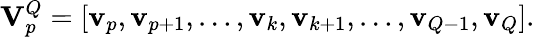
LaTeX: \mathbf{{V}}_{p}^{Q}=[\mathbf{v}_{p},\mathbf{v}_{p+1},\ldots,\mathbf{v}_{k},\mathbf{v}_{k+1},\ldots,\mathbf{v}_{Q-1},\mathbf{v}_{Q}].